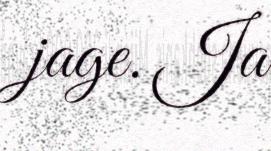
jage. Ja